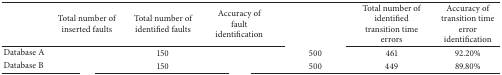
<table><thead><tr><td>[EMPTY_CELL]</td><td><b>Total number of inserted faults</b></td><td><b>Total number of identified faults</b></td><td><b>Accuracy of fault identification</b></td><td>[EMPTY_CELL]</td><td><b>Total number of identified transition time errors</b></td><td><b>Accuracy of transition time error identification</b></td></tr></thead><tbody><tr><td>Database A</td><td>[EMPTY_CELL]</td><td>150</td><td>[EMPTY_CELL]</td><td>500</td><td>461</td><td>92.20%</td></tr><tr><td>Database B</td><td>[EMPTY_CELL]</td><td>150</td><td>[EMPTY_CELL]</td><td>500</td><td>449</td><td>89.80%</td></tr></tbody></table>